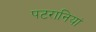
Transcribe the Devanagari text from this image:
पटरानियां